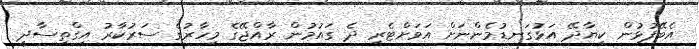
އެބޭފުޅުން ކިޔާދޭ އަޅުގަނޑުމެންނަށް އަވަށްޓެރި ދެ ގައުމުން ރާއްޖޭގެ މިހާރުގެ ސަރުކާރު އިގްތިސާދީ